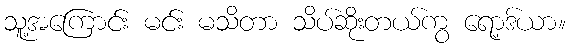
သူ့အကြောင်း မင်း မသိတာ သိပ်ဆိုးတယ်ကွ ရော့ဒ်ယာ။